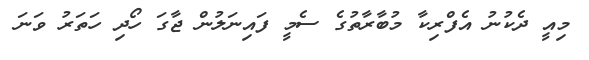
މިއީ ދެކުނު އެފްރިކާ މުބާރާތުގެ ސެމީ ފައިނަލުން ޖާގަ ހޯދި ހަތަރު ވަނަ